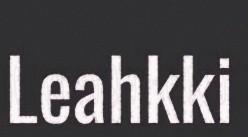
Leahkki